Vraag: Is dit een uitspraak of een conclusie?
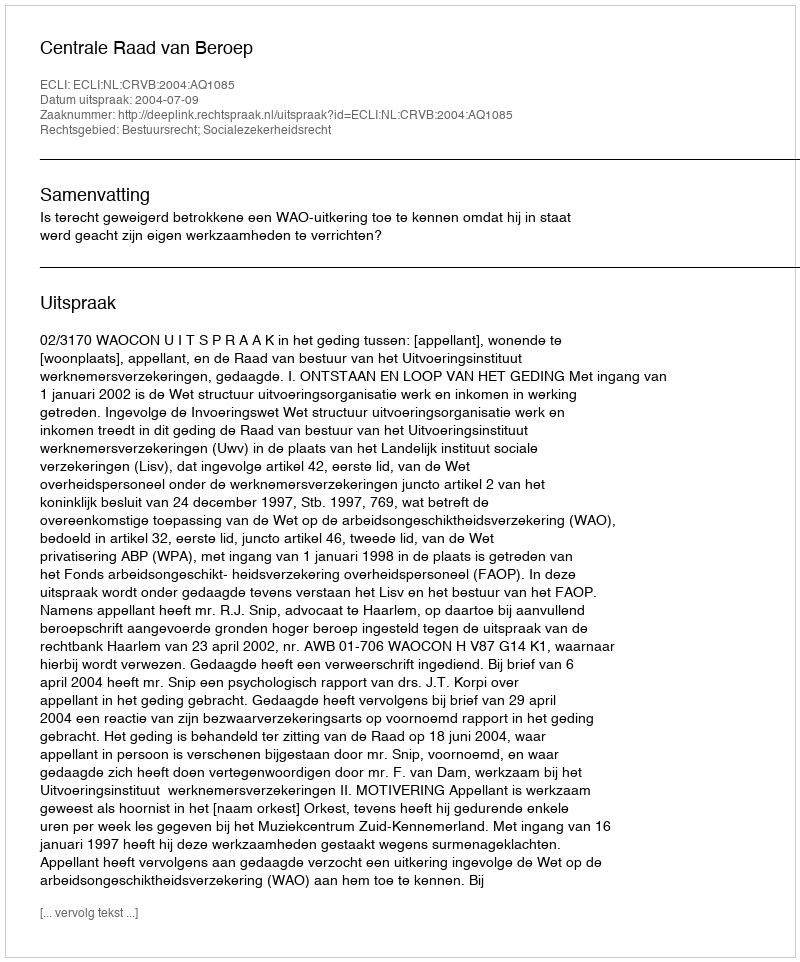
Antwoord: Uitspraak